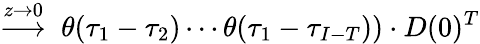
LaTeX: \stackrel{z\to 0}{\longrightarrow}~\theta(\tau_{1}-\tau_{2})\cdots\theta(\tau_{1}-\tau_{I-T}))\cdot D(0)^{T}